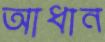
আধান